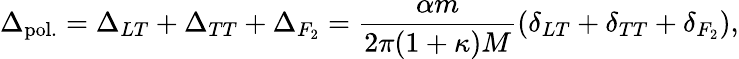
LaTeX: \Delta_{\mathrm{pol.}}=\Delta_{LT}+\Delta_{TT}+\Delta_{F_{2}}=\frac{\alpha m}{2\pi(1+\kappa)M}\left(\delta_{LT}+\delta_{TT}+\delta_{F_{2}}\right),